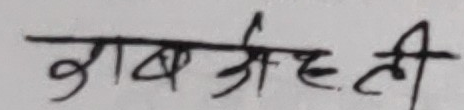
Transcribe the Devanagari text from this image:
गुब श्रीती